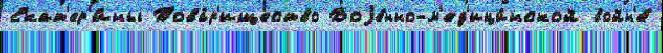
Екат'ер'и́ны Това́р'ищество Воjе́нно-м'ед'ици́нской войн'е́